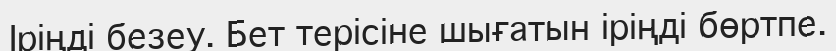
Іріңді безеу. Бет терісіне шығатын іріңді бөртпе.